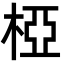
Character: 椏